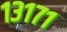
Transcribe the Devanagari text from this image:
१३१७१